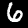
Digit: 6